system: You are a helpful assistant.
user:
Analyze the provided spectrum to determine if it is a **"Cataclysmic Variables (CV)"**.

- **Key Indicators for CV (Check for either state):**
    - **State 1: Quiescent / Low-State (Emission-Dominated)**
        - **(Primary):** Strong and *very broad* Hydrogen Balmer emission lines (e.g., $H\alpha$ at 6563 Å, $H\beta$ at 4861 Å). The 'broadness' (high velocity dispersion, often FWHM > 1000 km/s) is the key diagnostic, indicating a high-velocity accretion disk.
        - **(Secondary):** Broad neutral Helium (He I) emission lines (e.g., 5876 Å, 6678 Å).
        - **(Key Confirmation):** Presence of high-excitation *ionized* Helium (He II) emission at 4686 Å. This is a strong indicator of accretion onto a white dwarf.
        - **(Line Profile):** Emission lines may exhibit a 'double-peaked' profile, which is a classic signature of a rotating accretion disk viewed at high inclination.

    - **State 2: Outburst / High-State (Absorption-Dominated)**
        - **(Primary):** Spectrum is dominated by a bright, blue continuum (looks like a hot star).
        - **(Secondary):** The emission lines from State 1 are weak, absent, or 'filled in', and are replaced by broad, shallow *absorption* lines (primarily Balmer and He I).
        - **(Morphology):** The overall spectrum mimics a hot B/A-type star. The crucial difference is that the absorption lines are significantly broader, shallower, and more 'washed-out' (or 'smeared') than the sharp lines of a normal stellar photosphere, due to high rotational speeds and pressure broadening in the disk.

Think first, call **spectral_visualization_tool** if needed to examine features in detail, then provide your final answer. Your response must adhere to the following strict rules:
1.  **Overall Structure:** Your response must follow the format `<think>...</think> <tool_call>...</tool_call> (if a tool is used) <answer>...</answer>`.
2.  **Tool Usage Constraint:** You may only make **one** tool call per turn.
3.  **Final Answer Format:** In the `<answer>` tag, your conclusion must be inside a `\boxed{}` command (e.g., `\boxed{YES}`), followed by your justification.

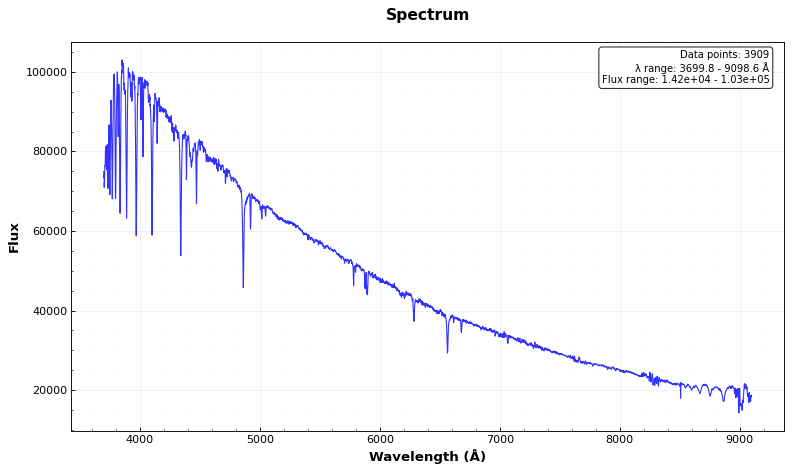
Answer: NO